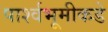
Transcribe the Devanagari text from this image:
पार्श्वभूमीकडे